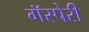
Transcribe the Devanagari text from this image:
गॅस्पेरी